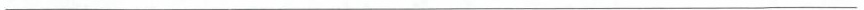
___